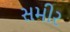
સમીર